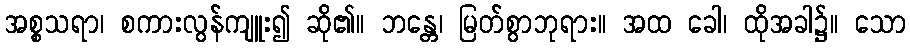
အစ္စသရာ၊ စကားလွန်ကျူး၍ ဆို၏။ ဘန္တေ၊ မြတ်စွာဘုရား။ အထ ခေါ၊ ထိုအခါ၌။ သော